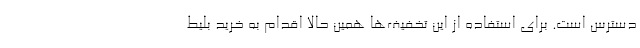
دسترس است. برای استفاده از این تخفیف‌ها همین حالا اقدام به خرید بلیط